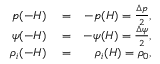
\begin{array} { r l r } { p ( - H ) } & { { } = } & { - p ( H ) = \frac { \Delta p } { 2 } , } \\ { \psi ( - H ) } & { { } = } & { - \psi ( H ) = \frac { \Delta \psi } { 2 } , } \\ { \rho _ { i } ( - H ) } & { { } = } & { \rho _ { i } ( H ) = \rho _ { 0 } , } \end{array}